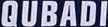
QUBADI